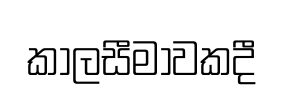
කාලසීමාවකදී